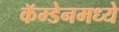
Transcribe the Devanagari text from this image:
कॅम्डेनमध्ये